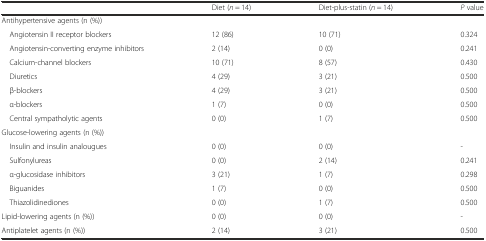
|  | Diet (n = 14) | Diet-plus-statin (n = 14) | P value |
 | --- | --- | --- | --- |
 | Antihypertensive agents (n (%)) |  |  |  |
 | Angiotensin II receptor blockers | 12 (86) | 10 (71) | 0.324 |
 | Angiotensin-converting enzyme inhibitors | 2 (14) | 0 (0) | 0.241 |
 | Calcium-channel blockers | 10 (71) | 8 (57) | 0.430 |
 | Diuretics | 4 (29) | 3 (21) | 0.500 |
 | β-blockers | 4 (29) | 3 (21) | 0.500 |
 | α-blockers | 1 (7) | 0 (0) | 0.500 |
 | Central sympatholytic agents | 0 (0) | 1 (7) | 0.500 |
 | Glucose-lowering agents (n (%)) |  |  |  |
 | Insulin and insulin analougues | 0 (0) | 0 (0) | - |
 | Sulfonylureas | 0 (0) | 2 (14) | 0.241 |
 | α-glucosidase inhibitors | 3 (21) | 1 (7) | 0.298 |
 | Biguanides | 1 (7) | 0 (0) | 0.500 |
 | Thiazolidinediones | 0 (0) | 1 (7) | 0.500 |
 | Lipid-lowering agents (n (%)) | 0 (0) | 0 (0) | - |
 | Antiplatelet agents (n (%)) | 2 (14) | 3 (21) | 0.500 |